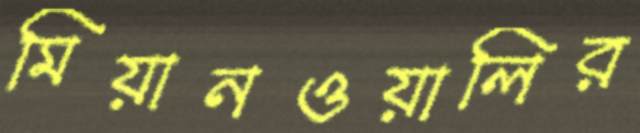
মিয়ানওয়ালির